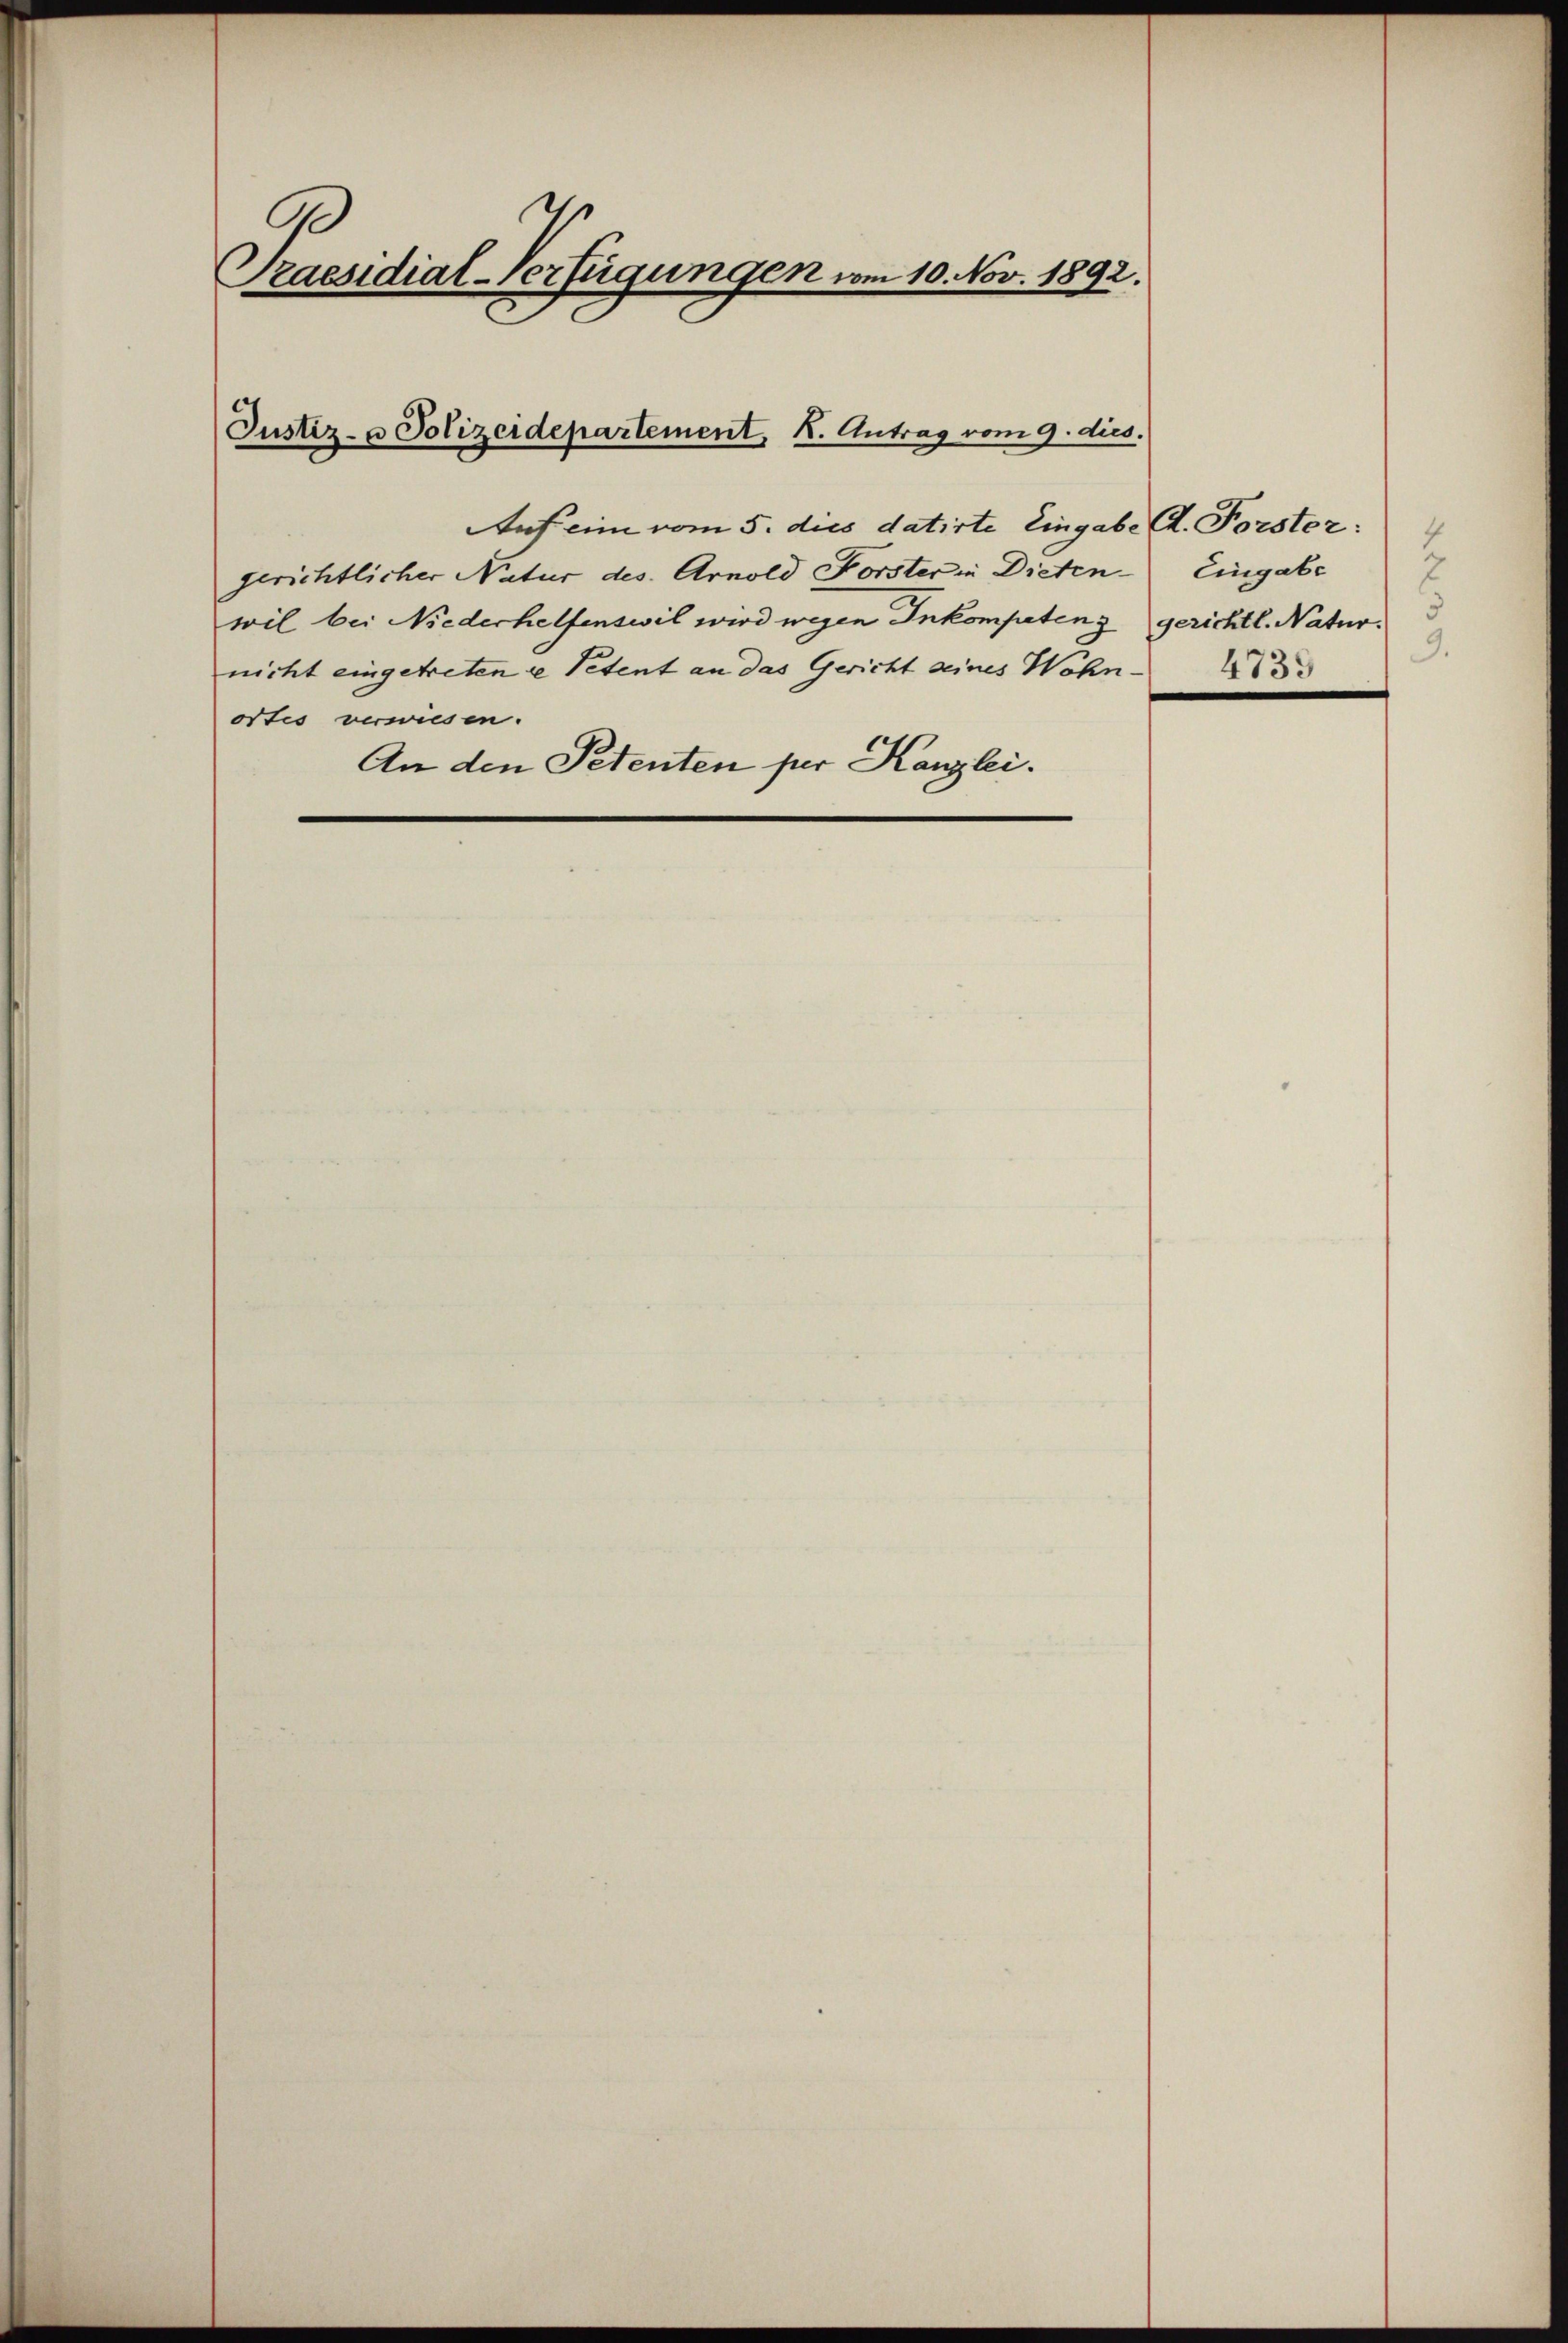
Praesidial-Verfügungen vom 10. Nov. 1892.

Justiz- & Polizeidepartement, K. Antrag vom 9. dies.

Auf eine vom 5. dies datirte Eingab.
gerichtlicher Natur des Arnold Forster in Dieten Eingabe
wil bei Niederhelfenseil wird wegen Inkompetenz
nicht eingetreten i Petent an das Gericht seines Wohn-
ortis verwiesen.
An den Petenten per Kanzlei.

A. Forster:
4
E
gerichtl. Natur.
9.
4733